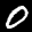
Label: 0